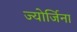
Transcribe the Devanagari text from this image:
ज्योर्जिना